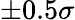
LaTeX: \pm 0.5\sigma